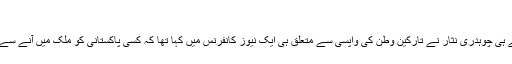
‘‘
اس سے قبل رواں ہفتے ہی چوہدری نثار نے تارکین وطن کی واپسی سے متعلق ہی ایک نیوز کانفرنس میں کہا تھا کہ کسی پاکستانی کو ملک میں آنے سے نہیں روکا جا رہا ہے۔